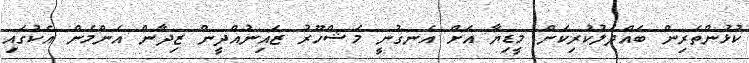
ކުޅުންތެރިން ބައްދަލުކުރިކަން މީޑިޔާ އަށް އެނގުނީ މަޝްހޫރު ޒައިނުއްދީން ޒިދާން އެންމެން އެކުގައި